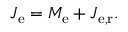
J _ { \mathrm { e } } = M _ { \mathrm { e } } + J _ { \mathrm { e , r } } .